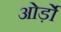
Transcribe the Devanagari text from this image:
ओर्ड़ो